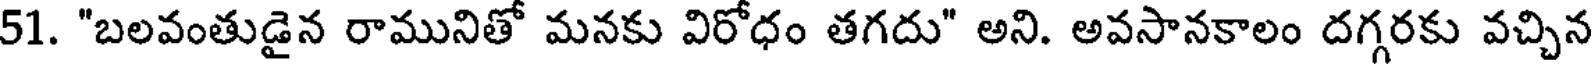
51. "బలవంతుడైన రామునితో మనకు విరోధం తగదు" అని. అవసానకాలం దగ్గరకు వచ్చిన